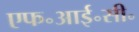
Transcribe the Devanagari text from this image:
एफ॰आई॰सी॰